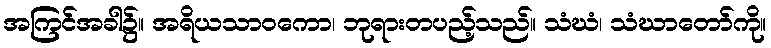
အကြင်အခါ၌။ အရိယသာဝကော၊ ဘုရားတပည့်သည်။ သံဃံ၊ သံဃာတော်ကို။